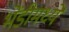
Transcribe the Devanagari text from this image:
भेंडीमध्ये